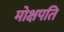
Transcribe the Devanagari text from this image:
मोक्षपति